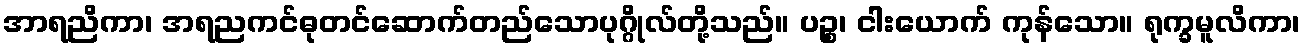
အာရညိကာ၊ အရညကင်ဓုတင်ဆောက်တည်သောပုဂ္ဂိုလ်တို့သည်။ ပဉ္စ၊ ငါးယောက် ကုန်သော။ ရုက္ခမူလိကာ၊